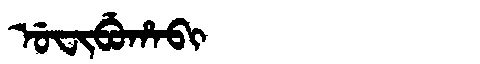
Manchu: ᡠᠸᡳᠪᡠᡥᠠᠪᡳ
Romanization: UFIBUHABI